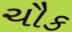
ચૌક